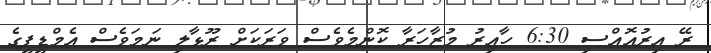
ރޭ އިރުއޮއްސި 6:30 ހާއިރު މުޒާހަރާ ކޮންމެވެސް ވަރަކަށް ރޫޅާލި ނަމަވެސް އެމްޑީޕީގެ